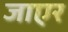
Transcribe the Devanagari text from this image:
जाएर